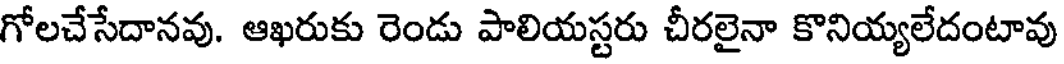
గోలచేసేదానవు. ఆఖరుకు రెండు పాలియస్టరు చీరలైనా కొనియ్యలేదంటావు